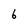
Character: 6